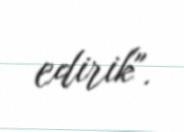
edirik".